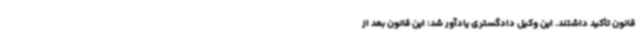
قانون تأکید داشتند. این وکیل دادگستری یادآور شد: این قانون بعد از